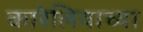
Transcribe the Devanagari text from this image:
कारेलियाच्या